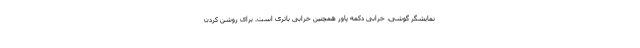
نمایشگر گوشی، خرابی دکمه پاور همچنین خرابی باتری است. برای روشن کردن